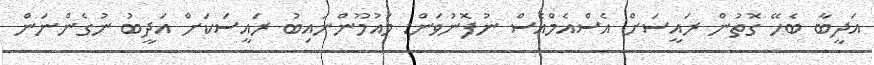
އަދީބާ ބެހޭ ގޮތުން ރައީސަށް އެސްއެމްއެސް ނުފޮނުވަން: މައުމޫންނައިބު ރައީސަކަށް އަދީބު ނުގެންނަން